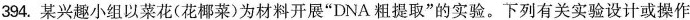
394.某兴趣小组以菜花(花椰菜)为材料开展”DNA。粗提取”的实验。下列有关实验设计或操作